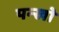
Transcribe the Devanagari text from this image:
पन्खो